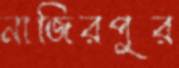
নাজিরপুর